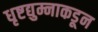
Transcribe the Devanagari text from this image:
धृष्टद्युम्नाकडून